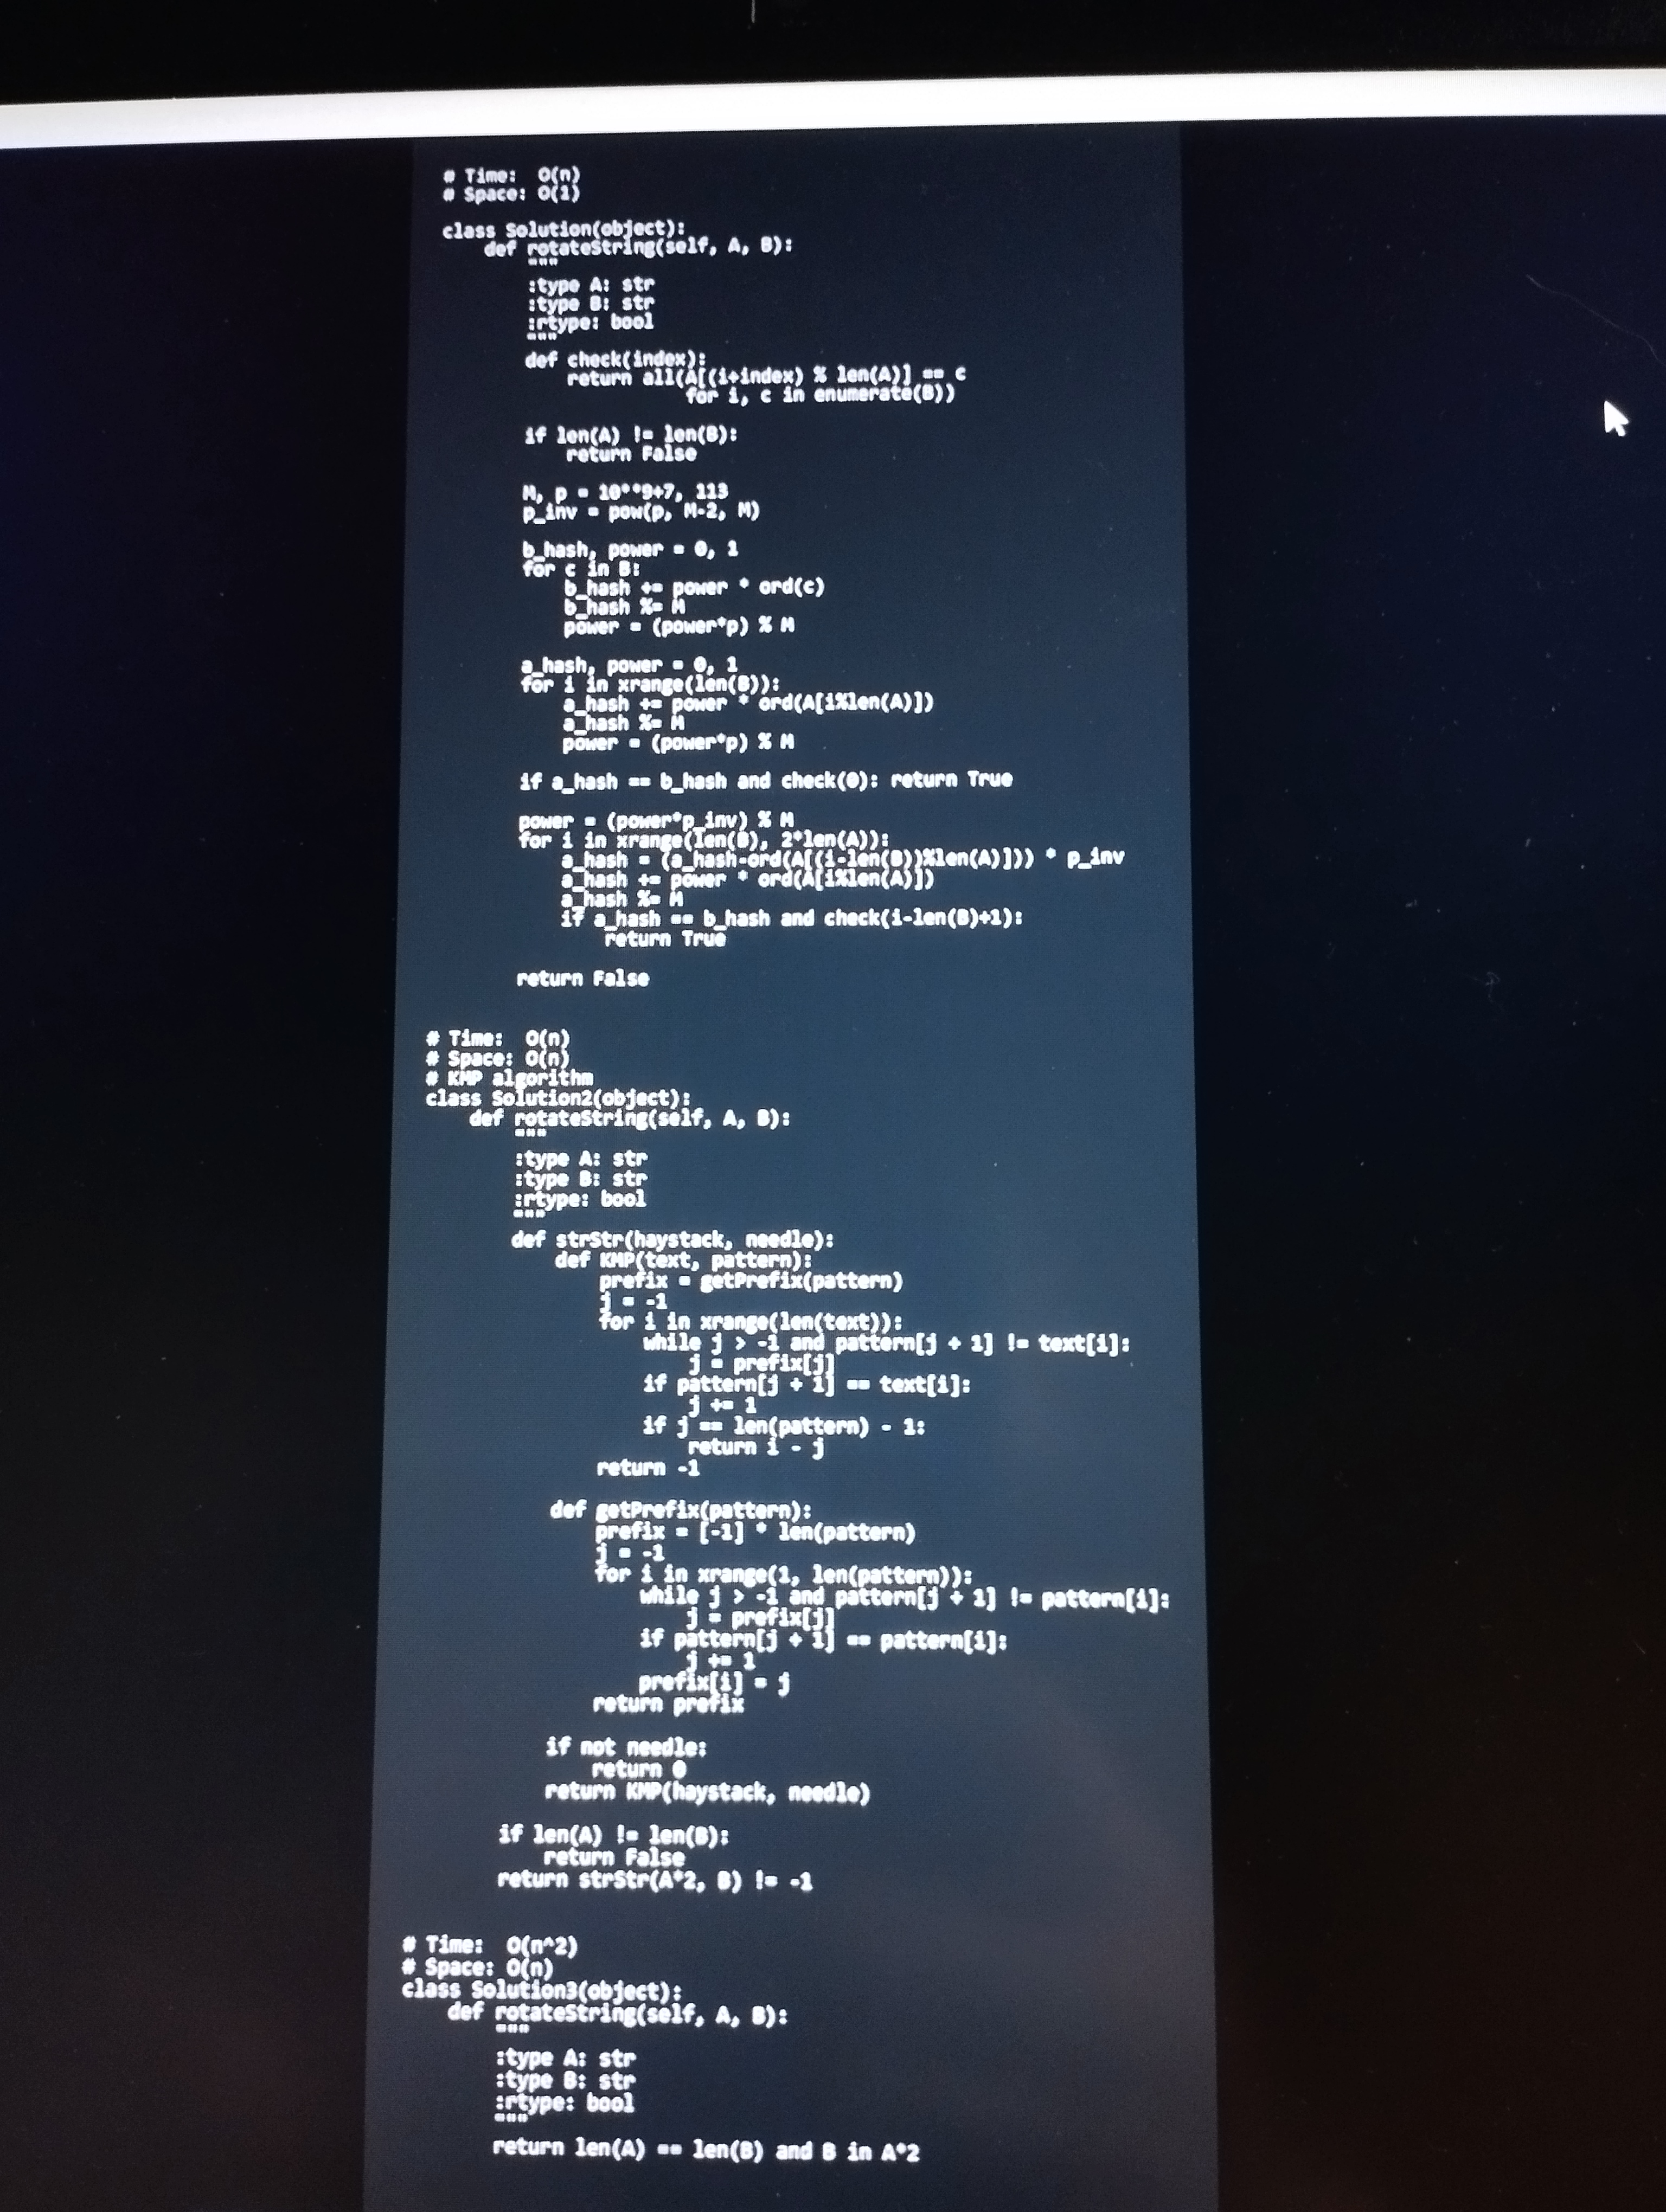
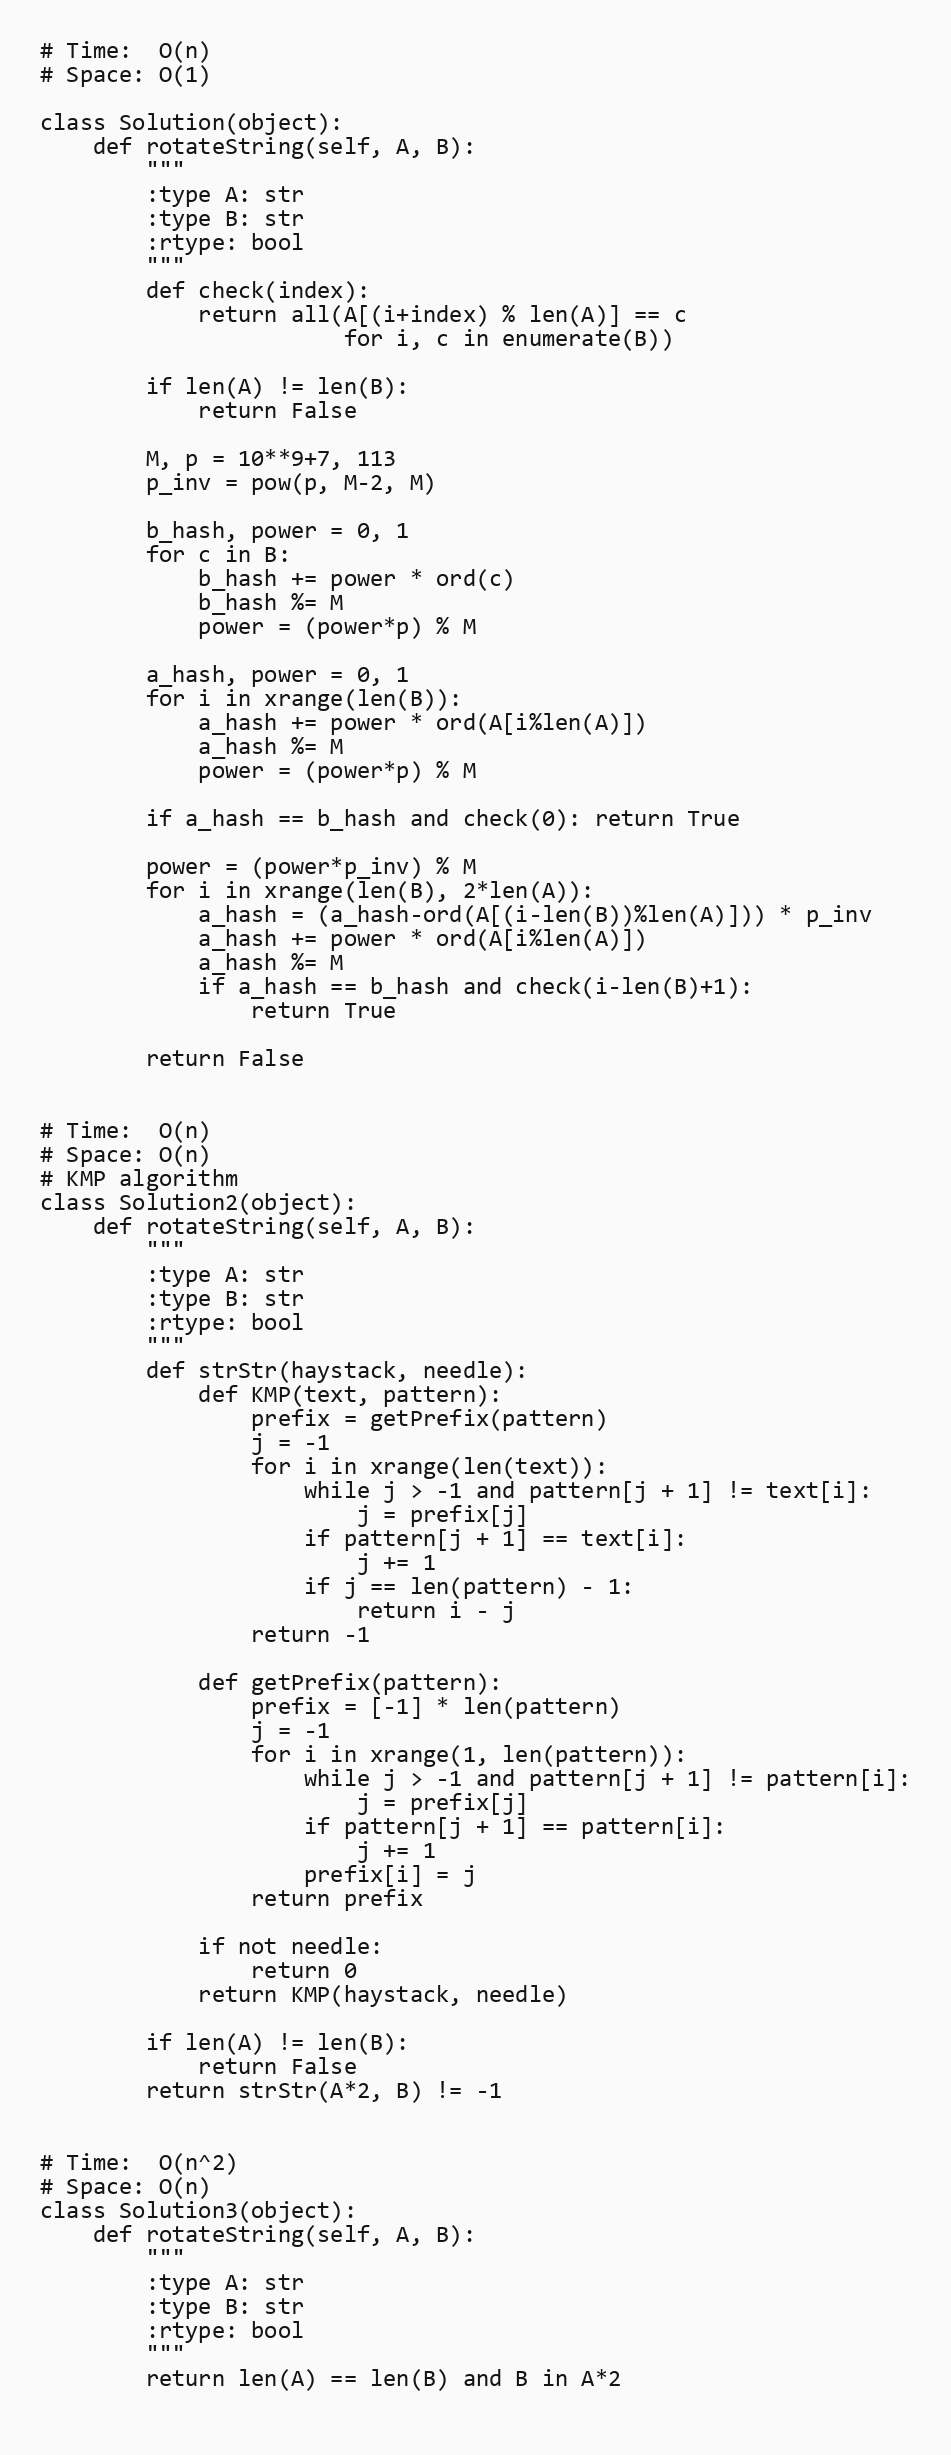
# Time:  O(n)
# Space: O(1)

class Solution(object):
    def rotateString(self, A, B):
        """
        :type A: str
        :type B: str
        :rtype: bool
        """
        def check(index):
            return all(A[(i+index) % len(A)] == c
                       for i, c in enumerate(B))

        if len(A) != len(B):
            return False

        M, p = 10**9+7, 113
        p_inv = pow(p, M-2, M)

        b_hash, power = 0, 1
        for c in B:
            b_hash += power * ord(c)
            b_hash %= M
            power = (power*p) % M

        a_hash, power = 0, 1
        for i in xrange(len(B)):
            a_hash += power * ord(A[i%len(A)])
            a_hash %= M
            power = (power*p) % M

        if a_hash == b_hash and check(0): return True

        power = (power*p_inv) % M
        for i in xrange(len(B), 2*len(A)):
            a_hash = (a_hash-ord(A[(i-len(B))%len(A)])) * p_inv
            a_hash += power * ord(A[i%len(A)])
            a_hash %= M
            if a_hash == b_hash and check(i-len(B)+1):
                return True

        return False

# Time:  O(n)
# Space: O(n)
# KMP algorithm
class Solution2(object):
    def rotateString(self, A, B):
        """
        :type A: str
        :type B: str
        :rtype: bool
        """
        def strStr(haystack, needle):
            def KMP(text, pattern):
                prefix = getPrefix(pattern)
                j = -1
                for i in xrange(len(text)):
                    while j > -1 and pattern[j + 1] != text[i]:
                        j = prefix[j]
                    if pattern[j + 1] == text[i]:
                        j += 1
                    if j == len(pattern) - 1:
                        return i - j
                return -1

            def getPrefix(pattern):
                prefix = [-1] * len(pattern)
                j = -1
                for i in xrange(1, len(pattern)):
                    while j > -1 and pattern[j + 1] != pattern[i]:
                        j = prefix[j]
                    if pattern[j + 1] == pattern[i]:
                        j += 1
                    prefix[i] = j
                return prefix

            if not needle:
                return 0
            return KMP(haystack, needle)

        if len(A) != len(B):
            return False
        return strStr(A*2, B) != -1

# Time:  O(n^2)
# Space: O(n)
class Solution3(object):
    def rotateString(self, A, B):
        """
        :type A: str
        :type B: str
        :rtype: bool
        """
        return len(A) == len(B) and B in A*2